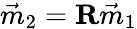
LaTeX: \vec{m}_{2}=\mathbf{R}\vec{m}_{1}